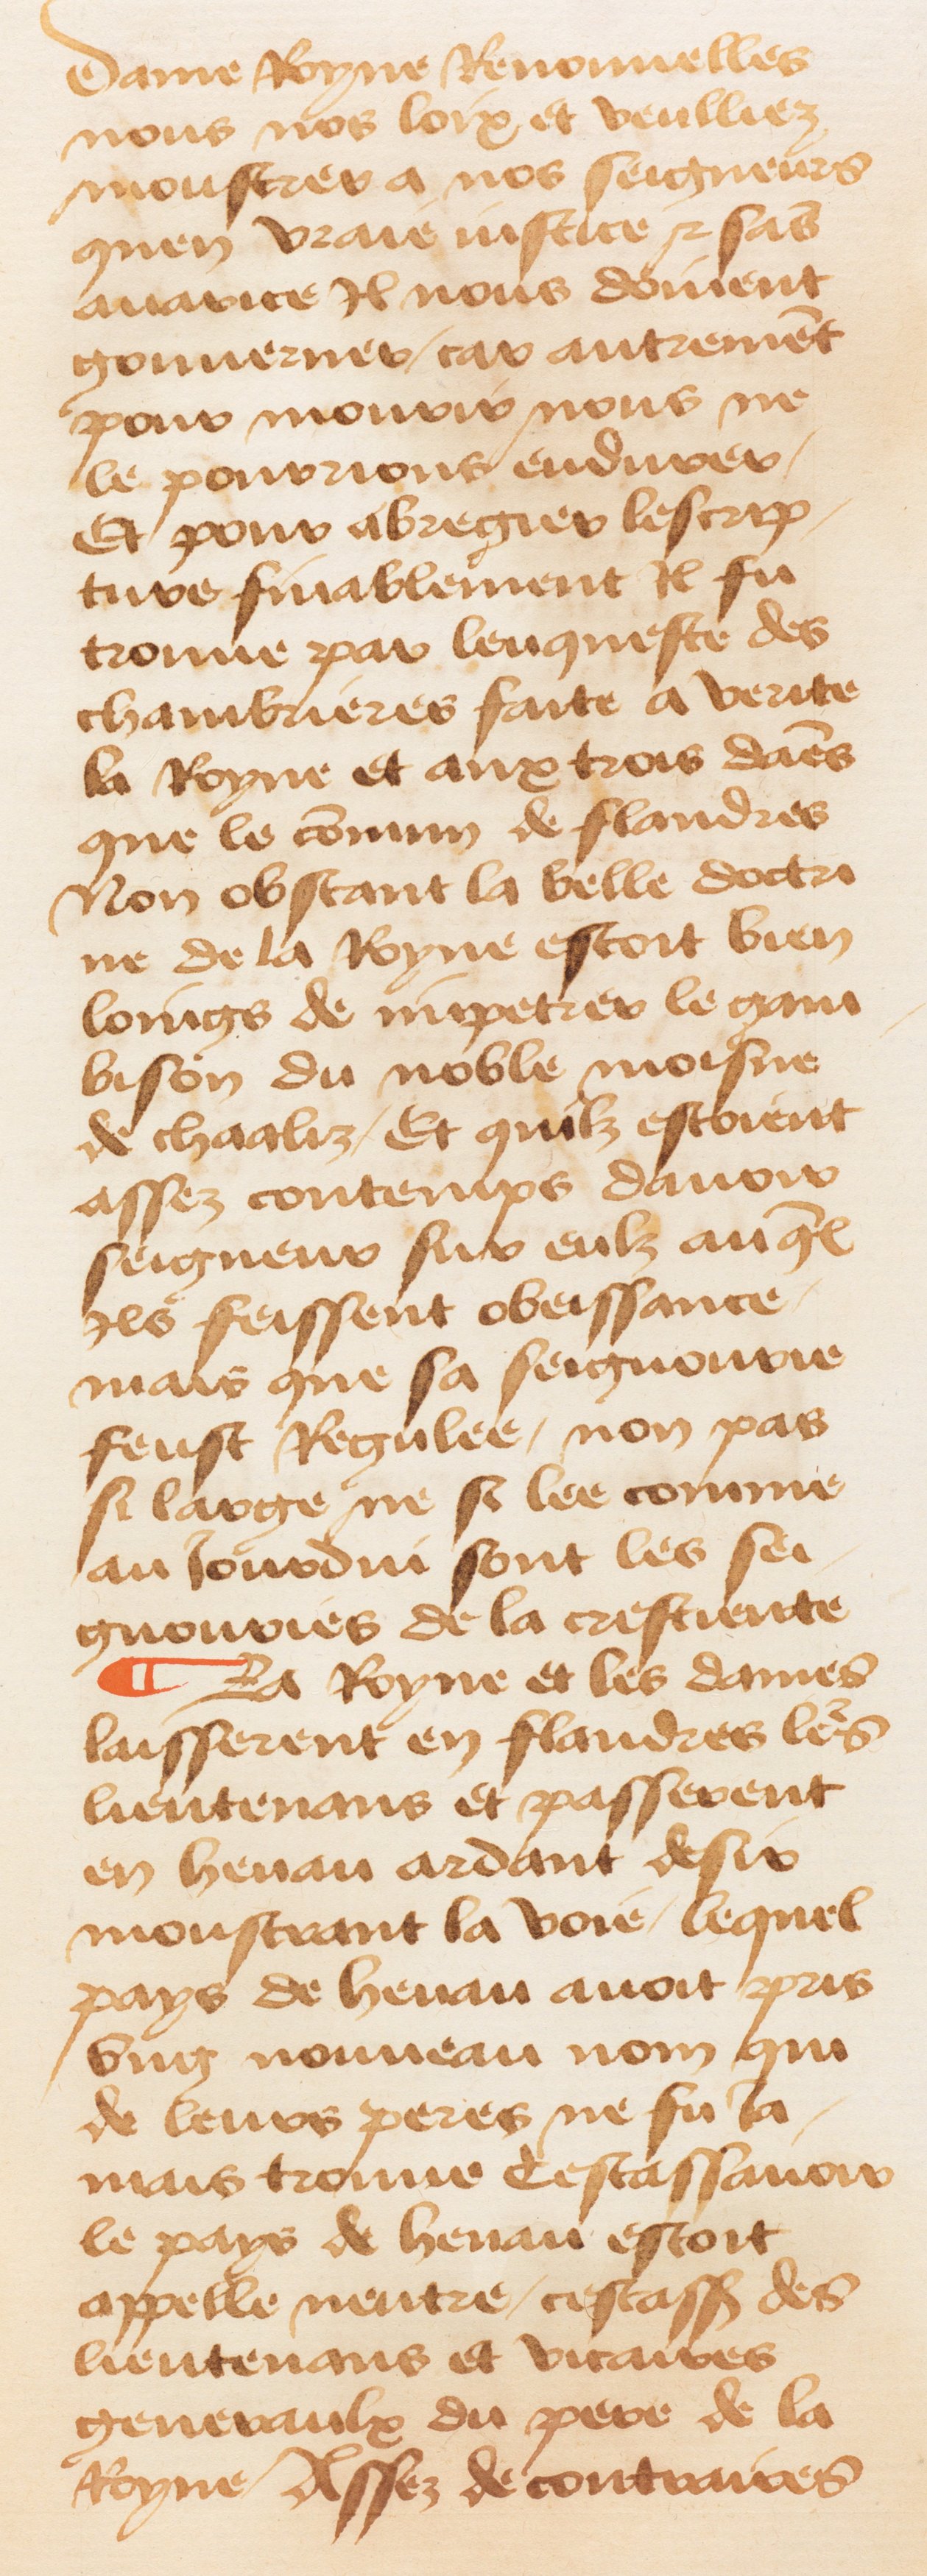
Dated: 1460–1470